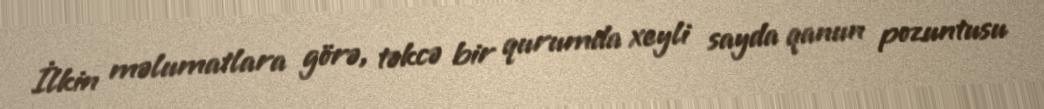
İlkin məlumatlara görə, təkcə bir qurumda xeyli sayda qanun pozuntusu